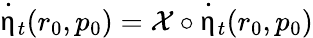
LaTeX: \dot{\upeta}_{t}(r_{0},p_{0})=\mathcal{X}\circ\dot{\upeta}_{t}(r_{0},p_{0})